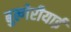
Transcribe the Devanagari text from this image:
बुल्गेरीयाई